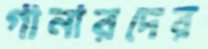
গানারদের